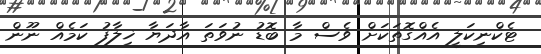
ޓެކްނިކަލީ އެއްގޮތަކަށް ވެސް މާ ބޮޑު ނުވަތަ އާދަޔާ ޚިލާފު ކަމެއް ނޫން